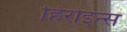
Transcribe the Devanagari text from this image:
हिरोइन्स